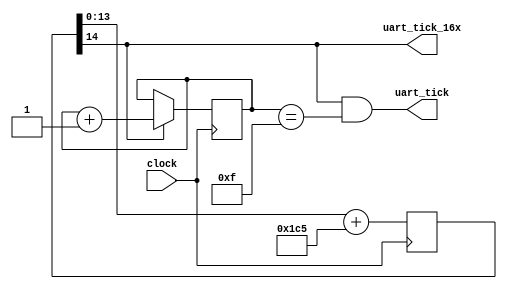
module uart_clock(
    input clock,
    output uart_tick,
    output uart_tick_16x
    );

    /* Goal: Generate a pulse at 115200 Hz using an input clock
     * that is not an even multiple of 115200.
     *
     * Method: Find constants 'a', 'b' such that clock / (2^a / b) ~= 115200.
     * Accumulate 'b' each cycle and use the overflow bit 'a' for the pulse.
     *
     * 66  MHz:  66 MHz / (2^18 / 453) = 115203.857 Hz
     * 100 MHz: 100 MHz / (2^17 / 151) = 115203.857 Hz
     *
     * We also need to extend this for a 16x pulse to over-sample:
     *
     * 66  MHz:  66 MHz / (2^14 / 453) = 115203.857 Hz * 16
     * 100 MHz: 100 MHz / (2^13 / 151) = 115203.857 Hz * 16
     */

    // 16x Pulse Generation

    // 66 MHz version
    reg [14:0] accumulator = 15'h0000;
    always @(posedge clock) begin
        accumulator <= accumulator[13:0] + 453;
    end
    assign uart_tick_16x = accumulator[14];

/*
    // 100 MHz version
    reg [13:0] accumulator = 14'h0000;
    always @(posedge clock) begin
        accumulator <= accumulator[12:0] + 151;
    end
    assign uart_tick_16x = accumulator[13];
*/

    // 1x Pulse Generation (115200 Hz)
    reg [3:0] uart_16x_count = 4'h0;
    always @(posedge clock) begin
        uart_16x_count <= (uart_tick_16x) ? uart_16x_count + 1'b1 : uart_16x_count;
    end
    assign uart_tick = (uart_tick_16x==1'b1 && (uart_16x_count == 4'b1111));

endmodule